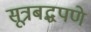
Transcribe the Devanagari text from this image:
सूत्रबद्धपणे